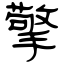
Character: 擎